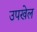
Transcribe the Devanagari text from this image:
उपखेल